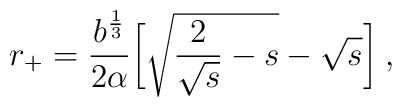
r_+ = \frac{b^\frac13}{2\alpha} {\biggl [} \sqrt{\frac{2}{\sqrt{s}}-s}-    \sqrt{s} {\biggr ]}\:,